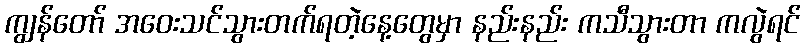
ကျွန်တော် အဝေးသင်သွားတက်ရတဲ့နေ့တွေမှာ နည်းနည်း ကသီသွားတာ ကလွဲရင်